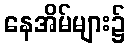
နေအိမ်များ၌